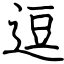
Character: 逗